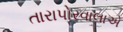
તારાપોરવાલાએ